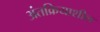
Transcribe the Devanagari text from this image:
अंतक्रियाशील